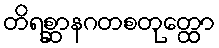
တိရစ္ဆာနဂတစတုတ္ထော